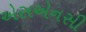
એસએનસી